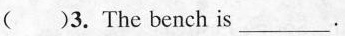
( )3. The bench is___.